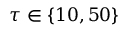
\tau \in \{ 1 0 , 5 0 \}